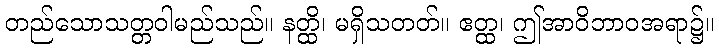
တည်သောသတ္တဝါမည်သည်။ နတ္ထိ၊ မရှိသတတ်။ ဧတ္ထ၊ ဤအာဝိဘာဝအရာ၌။